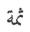
ثمة